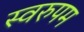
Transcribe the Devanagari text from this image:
स्वरुपम